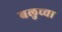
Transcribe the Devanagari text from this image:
बलुच्चा